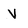
Character: v